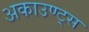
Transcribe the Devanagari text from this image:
अकाउण्ट्स